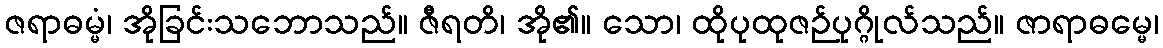
ဇရာဓမ္မံ၊ အိုခြင်းသဘောသည်။ ဇီရတိ၊ အို၏။ သော၊ ထိုပုထုဇဉ်ပုဂ္ဂိုလ်သည်။ ဇာရာဓမ္မေ၊